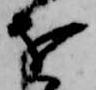
を